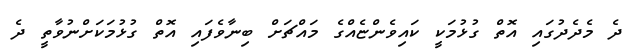
ދެ މެދެދުގައި އޮތް ގުޅުމަކީ ކައިވެންޏެއްގެ މައްޗަށް ބިނާވެފައި އޮތް ގުޅުމަކަށްނުވާތީ ދެ